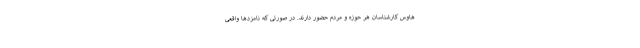
هاوس کارشناسان هر حوزه و مردم حضور دارند. در صورتی که نامزدها واقعی